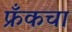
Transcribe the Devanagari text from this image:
फ्रँकचा